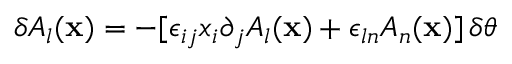
\delta A _ { l } ( { \bf x } ) = - [ \epsilon _ { i j } x _ { i } \partial _ { j } A _ { l } ( { \bf x } ) + \epsilon _ { l n } A _ { n } ( { \bf x } ) ] \, \delta \theta